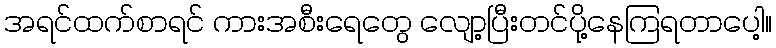
အရင်ထက်စာရင် ကားအစီးရေတွေ လျော့ပြီးတင်ပို့နေကြရတာပေါ့။